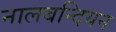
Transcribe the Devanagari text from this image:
नालबन्दियन